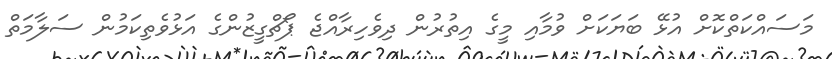
މަސައްކަތްކޮށް އުޅޭ ބަޔަކަށް ވުމާއި މީގެ އިތުރުން ދިވެހިރާއްޖެ ޕޯޗްގީޒުންގެ އަޅުވެތިކަމުން ސަލާމަތް